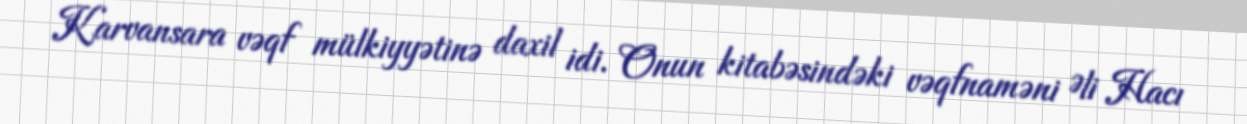
Karvansara vəqf mülkiyyətinə daxil idi. Onun kitabəsindəki vəqfnaməni Əli Hacı